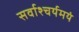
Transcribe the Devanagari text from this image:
सर्वाश्चर्यमयं